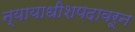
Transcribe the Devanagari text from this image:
न्यायाधीशपदावरून